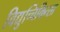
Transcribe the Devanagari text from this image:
विद्युच्चिकित्सा